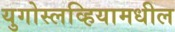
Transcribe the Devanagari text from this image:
युगोस्लव्हियामधील